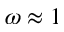
\omega \approx 1